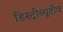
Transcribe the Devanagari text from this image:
डिस्ट्रीब्यूटीव